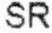
SR